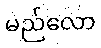
မည်လော